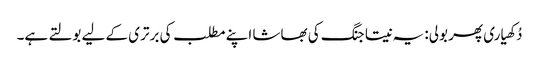
دُکھیاری پھر بولی: یہ نیتا جنگ کی بھاشا اپنے مطلب کی برتری کے لیے بولتے ہے۔